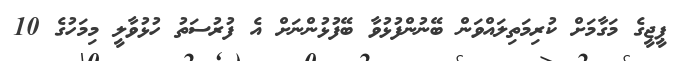
ޕީޖީގެ މަގާމަށް ކުރިމަތިލައްވަން ބޭނުންފުޅުވާ ބޭފުޅުންނަށް އެ ފުރުސަތު ހުޅުވާލީ މިމަހުގެ 10